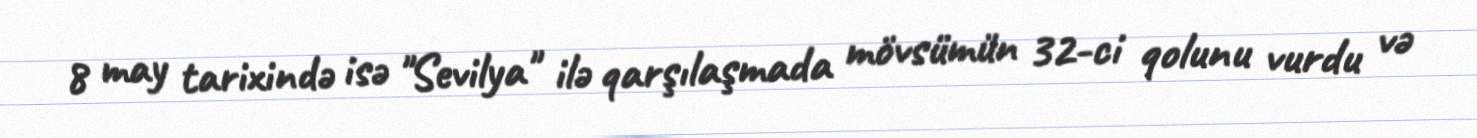
8 may tarixində isə "Sevilya" ilə qarşılaşmada mövsümün 32-ci qolunu vurdu və